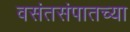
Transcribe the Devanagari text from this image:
वसंतसंपातच्या